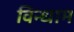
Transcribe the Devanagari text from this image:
विन्धाम